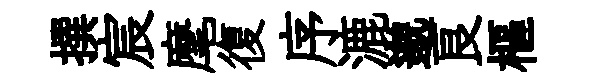
撰宸麾復序漉邈良樞